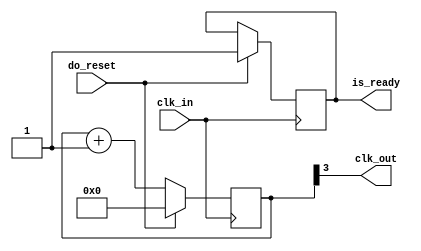
// This program was cloned from: https://github.com/tangxifan/micro_benchmark
// License: MIT License

`default_nettype none
`timescale 1ns/1ps

module clock_divider #( parameter DIV_N = 'd4 ) ( input wire clk_in, output wire clk_out, input wire do_reset, output reg is_ready );
 
	reg [DIV_N-1:0] divcounter;
 
	always @(posedge clk_in)
		if(do_reset) begin
			divcounter <= 32'b0;
			is_ready <= 1'b1;
		end
		else divcounter <= divcounter + 'd1;
 
	assign clk_out = divcounter[DIV_N-1];

endmodule